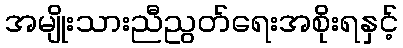
အမျိုးသားညီညွတ်ရေးအစိုးရနှင့်